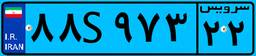
۸۸S۹۷۳۲۲